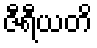
ဇီရီယတိ